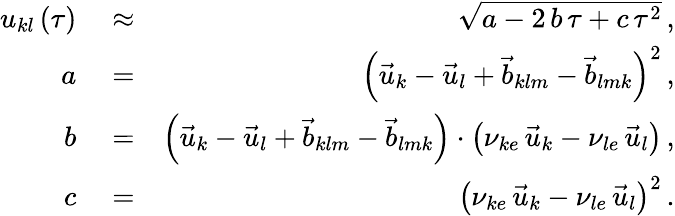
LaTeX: \begin{array}{rlr}{u_{kl}\left(\tau\right)}&{{}\approx}&{\sqrt{a-2\, b\, \tau+c\, \tau^{2}}\, ,}\\ {a}&{{}=}&{\left(\vec{u}_{k}-\vec{u}_{l}+\vec{b}_{klm}-\vec{b}_{lmk}\right)^{2}\, ,}\\ {b}&{{}=}&{\left(\vec{u}_{k}-\vec{u}_{l}+\vec{b}_{klm}-\vec{b}_{lmk}\right)\cdot\left(\nu_{ke}\, \vec{u}_{k}-\nu_{le}\, \vec{u}_{l}\right)\, ,}\\ {c}&{{}=}&{\left(\nu_{ke}\, \vec{u}_{k}-\nu_{le}\, \vec{u}_{l}\right)^{2}\, .}\end{array}